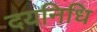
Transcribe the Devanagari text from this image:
दयनिधि